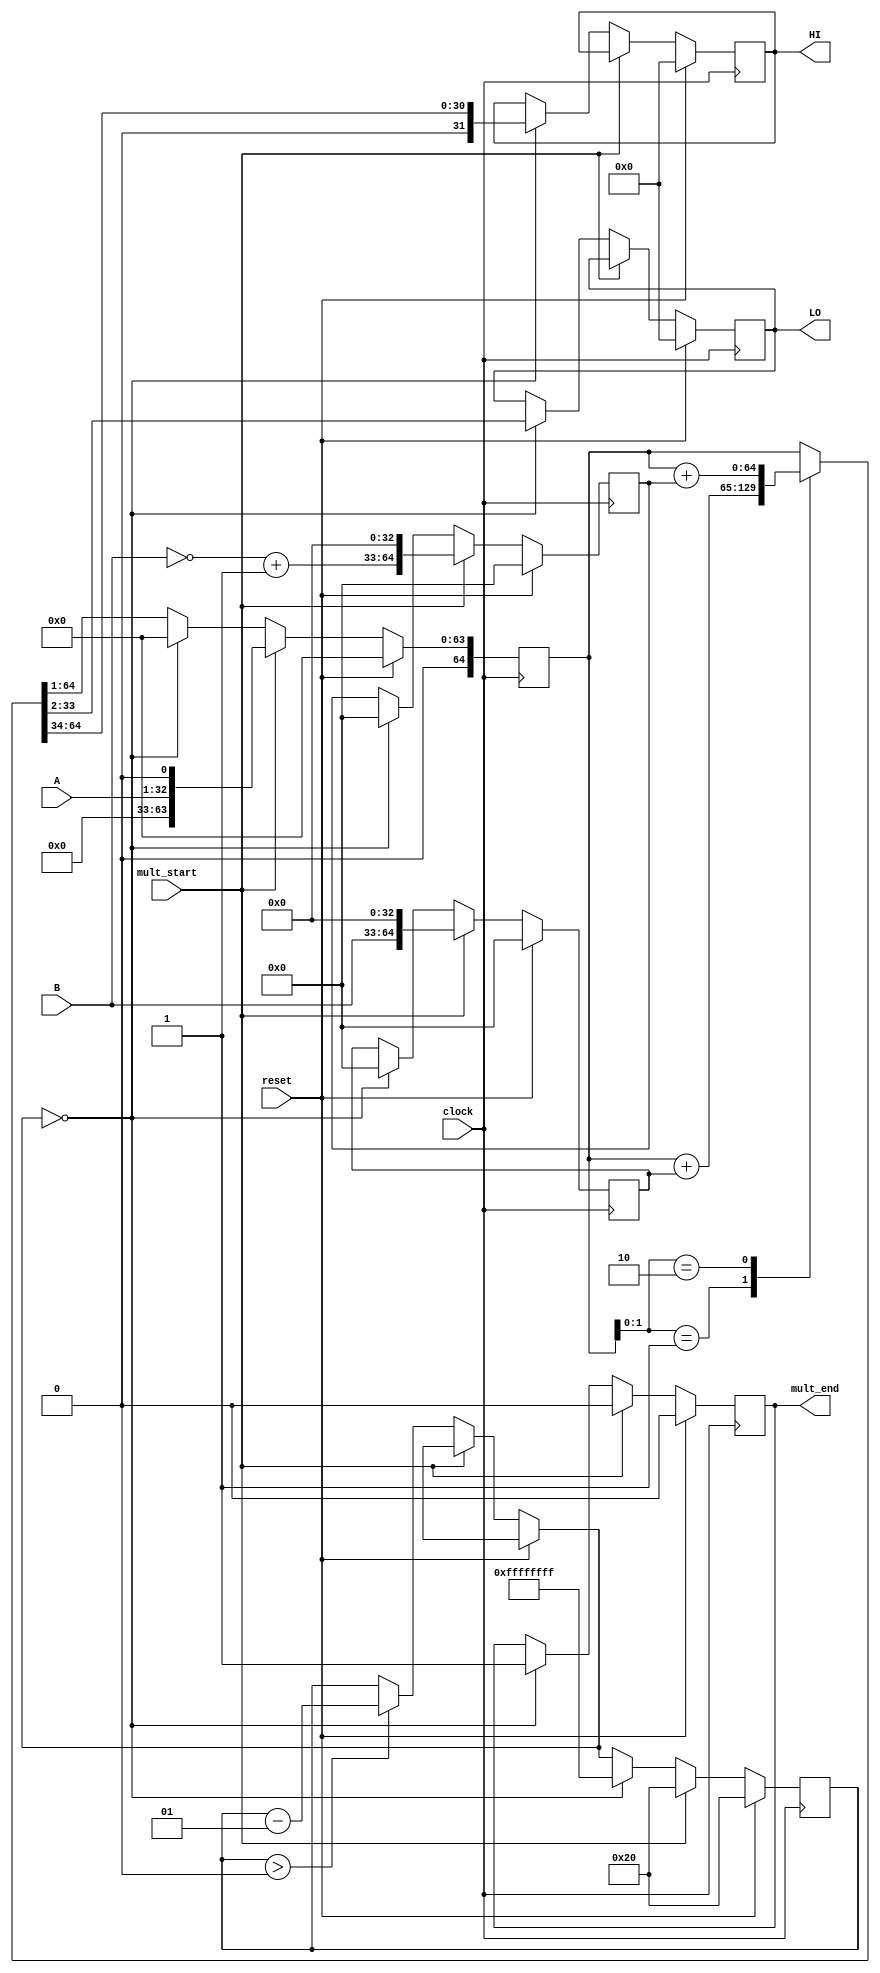
module Mult (
    input wire [31:0] A,
    input wire [31:0] B,
    input wire clock,
    input wire reset,
    input wire mult_start,


    output reg [31:0] HI,
    output reg [31:0] LO,
    output reg mult_end
);

    integer counter = 32;
    reg [64:0] add, sub, product;
    reg [31:0] comp;


    always @(posedge clock) begin
        
        if(reset == 1'b1) begin
            HI = 32'b0;
            LO = 32'b0;
            counter = 32;
            mult_end = 1'b0;
            product = 65'd0;
            comp = 32'd0;
            sub = 65'd0;
            add = 65'd0; 
        end else begin

            if (mult_start == 1'b1) begin
                
                add = {B, 33'b0};
                comp = ~B + 1'b1;
                sub = {comp, 33'b0};
                product = {32'd0, A, 1'd0};
                mult_end = 1'b0;
                counter = 32;

            end else begin

                case(product[1:0])

                    2'b01: begin
                        product = product + add;
                    end

                    2'b10: begin
                        product = product + sub;
                    end

                endcase

                product = product >> 1;

                if(counter > 0) begin
                    counter = counter - 1;
                end


                if (counter == 0) begin
                    HI = product[64:33];
                    LO = product[32:1];
                    mult_end = 1'b1;
                    product = 65'd0;
                    comp = 32'd0;
                    sub = 65'd0;
                    add = 65'd0;

                    counter = -1; 
                end
            end
        end
    end    
endmodule